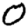
Digit: 0